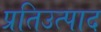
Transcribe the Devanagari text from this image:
प्रतिउत्पाद